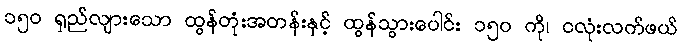
၁၅၀ ရှည်လျားသော ထွန်တုံးအတန်းနှင့် ထွန်သွားပေါင်း ၁၅၀ ကို၊ ငလုံးလက်ဖယ်